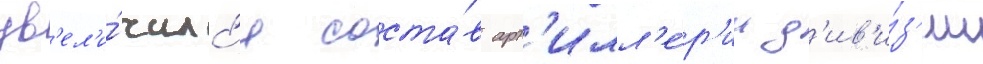
ув'ел'и́чилс'я соста́в арт'илл'е́р'ии д'ив'и́з'ии